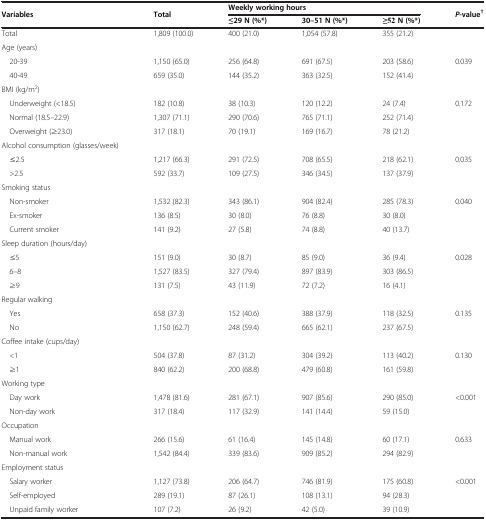
<table><thead><tr><td rowspan="2"><b>Variables</b></td><td rowspan="2"><b>Total</b></td><td colspan="3"><b>Weekly working hours</b></td><td rowspan="2"><b><i>P</i>-value<sup>†</sup></b></td></tr><tr><td><b>≤29 N (%*)</b></td><td><b>30–51 N (%*)</b></td><td><b>≥52 N (%*)</b></td></tr></thead><tbody><tr><td>Total</td><td>1,809 (100.0)</td><td>400 (21.0)</td><td>1,054 (57.8)</td><td>355 (21.2)</td><td></td></tr><tr><td>Age (years)</td><td></td><td></td><td></td><td></td><td></td></tr><tr><td> 20-39</td><td>1,150 (65.0)</td><td>256 (64.8)</td><td>691 (67.5)</td><td>203 (58.6)</td><td>0.039</td></tr><tr><td> 40-49</td><td>659 (35.0)</td><td>144 (35.2)</td><td>363 (32.5)</td><td>152 (41.4)</td><td></td></tr><tr><td>BMI (kg/m<sup>2</sup>)</td><td></td><td></td><td></td><td></td><td></td></tr><tr><td> Underweight (&lt;18.5)</td><td>182 (10.8)</td><td>38 (10.3)</td><td>120 (12.2)</td><td>24 (7.4)</td><td>0.172</td></tr><tr><td> Normal (18.5–22.9)</td><td>1,307 (71.1)</td><td>290 (70.6)</td><td>765 (71.1)</td><td>252 (71.4)</td><td></td></tr><tr><td> Overweight (≥23.0)</td><td>317 (18.1)</td><td>70 (19.1)</td><td>169 (16.7)</td><td>78 (21.2)</td><td></td></tr><tr><td>Alcohol consumption (glasses/week)</td><td></td><td></td><td></td><td></td><td></td></tr><tr><td> ≤2.5</td><td>1,217 (66.3)</td><td>291 (72.5)</td><td>708 (65.5)</td><td>218 (62.1)</td><td>0.035</td></tr><tr><td> &gt;2.5</td><td>592 (33.7)</td><td>109 (27.5)</td><td>346 (34.5)</td><td>137 (37.9)</td><td></td></tr><tr><td>Smoking status</td><td></td><td></td><td></td><td></td><td></td></tr><tr><td> Non-smoker</td><td>1,532 (82.3)</td><td>343 (86.1)</td><td>904 (82.4)</td><td>285 (78.3)</td><td>0.040</td></tr><tr><td> Ex-smoker</td><td>136 (8.5)</td><td>30 (8.0)</td><td>76 (8.8)</td><td>30 (8.0)</td><td></td></tr><tr><td> Current smoker</td><td>141 (9.2)</td><td>27 (5.8)</td><td>74 (8.8)</td><td>40 (13.7)</td><td></td></tr><tr><td>Sleep duration (hours/day)</td><td></td><td></td><td></td><td></td><td></td></tr><tr><td> ≤5</td><td>151 (9.0)</td><td>30 (8.7)</td><td>85 (9.0)</td><td>36 (9.4)</td><td>0.028</td></tr><tr><td> 6–8</td><td>1,527 (83.5)</td><td>327 (79.4)</td><td>897 (83.9)</td><td>303 (86.5)</td><td></td></tr><tr><td> ≥9</td><td>131 (7.5)</td><td>43 (11.9)</td><td>72 (7.2)</td><td>16 (4.1)</td><td></td></tr><tr><td>Regular walking</td><td></td><td></td><td></td><td></td><td></td></tr><tr><td> Yes</td><td>658 (37.3)</td><td>152 (40.6)</td><td>388 (37.9)</td><td>118 (32.5)</td><td>0.135</td></tr><tr><td> No</td><td>1,150 (62.7)</td><td>248 (59.4)</td><td>665 (62.1)</td><td>237 (67.5)</td><td></td></tr><tr><td>Coffee intake (cups/day)</td><td></td><td></td><td></td><td></td><td></td></tr><tr><td> &lt;1</td><td>504 (37.8)</td><td>87 (31.2)</td><td>304 (39.2)</td><td>113 (40.2)</td><td>0.130</td></tr><tr><td> ≥1</td><td>840 (62.2)</td><td>200 (68.8)</td><td>479 (60.8)</td><td>161 (59.8)</td><td></td></tr><tr><td>Working type</td><td></td><td></td><td></td><td></td><td></td></tr><tr><td> Day work</td><td>1,478 (81.6)</td><td>281 (67.1)</td><td>907 (85.6)</td><td>290 (85.0)</td><td>&lt;0.001</td></tr><tr><td> Non-day work</td><td>317 (18.4)</td><td>117 (32.9)</td><td>141 (14.4)</td><td>59 (15.0)</td><td></td></tr><tr><td>Occupation</td><td></td><td></td><td></td><td></td><td></td></tr><tr><td> Manual work</td><td>266 (15.6)</td><td>61 (16.4)</td><td>145 (14.8)</td><td>60 (17.1)</td><td>0.633</td></tr><tr><td> Non-manual work</td><td>1,542 (84.4)</td><td>339 (83.6)</td><td>909 (85.2)</td><td>294 (82.9)</td><td></td></tr><tr><td>Employment status</td><td></td><td></td><td></td><td></td><td></td></tr><tr><td> Salary worker</td><td>1,127 (73.8)</td><td>206 (64.7)</td><td>746 (81.9)</td><td>175 (60.8)</td><td>&lt;0.001</td></tr><tr><td> Self-employed</td><td>289 (19.1)</td><td>87 (26.1)</td><td>108 (13.1)</td><td>94 (28.3)</td><td></td></tr><tr><td> Unpaid family worker</td><td>107 (7.2)</td><td>26 (9.2)</td><td>42 (5.0)</td><td>39 (10.9)</td><td></td></tr></tbody></table>